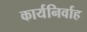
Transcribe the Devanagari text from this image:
कार्यनिर्वाह